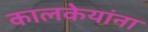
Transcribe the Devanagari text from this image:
कालकेयांना